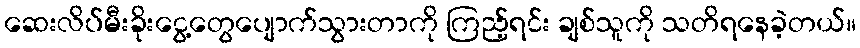
ဆေးလိပ်မီးခိုးငွေ့တွေပျောက်သွားတာကို ကြည့်ရင်း ချစ်သူကို သတိရနေခဲ့တယ်။